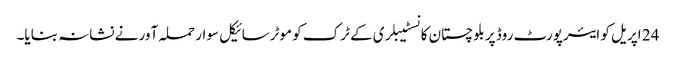
24 اپریل کو ایئرپورٹ روڈ پر بلوچستان کانسٹیبلری کے ٹرک کو موٹرسائیکل سوار حملہ آور نے نشانہ بنایا۔